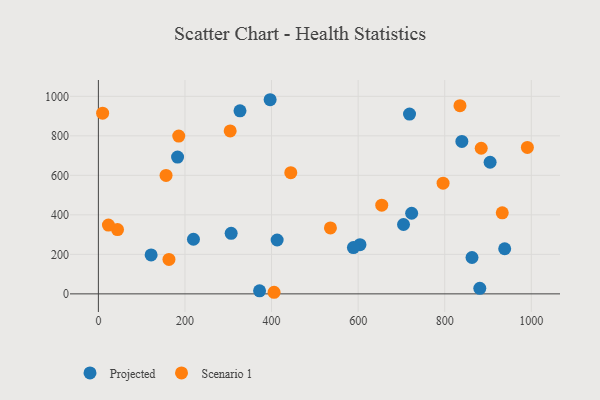
{"axis": {"x": "Engine Size", "y": "Fuel Efficiency"}, "legend": ["Projected", "Scenario 1"], "data": [{"x": "219.6", "y": 276.4, "type": "Projected"}, {"x": "604.2", "y": 249.0, "type": "Projected"}, {"x": "327.1", "y": 926.5, "type": "Projected"}, {"x": "306.7", "y": 306.5, "type": "Projected"}, {"x": "938.5", "y": 228.4, "type": "Projected"}, {"x": "904.8", "y": 666.3, "type": "Projected"}, {"x": "718.7", "y": 910.3, "type": "Projected"}, {"x": "839.6", "y": 771.5, "type": "Projected"}, {"x": "396.7", "y": 982.8, "type": "Projected"}, {"x": "412.9", "y": 272.7, "type": "Projected"}, {"x": "863.0", "y": 184.1, "type": "Projected"}, {"x": "881.0", "y": 27.8, "type": "Projected"}, {"x": "704.8", "y": 351.1, "type": "Projected"}, {"x": "182.9", "y": 692.5, "type": "Projected"}, {"x": "723.6", "y": 408.0, "type": "Projected"}, {"x": "372.3", "y": 15.2, "type": "Projected"}, {"x": "589.1", "y": 234.5, "type": "Projected"}, {"x": "121.8", "y": 197.2, "type": "Projected"}, {"x": "796.2", "y": 560.1, "type": "Scenario 1"}, {"x": "444.4", "y": 613.4, "type": "Scenario 1"}, {"x": "163.0", "y": 174.1, "type": "Scenario 1"}, {"x": "536.0", "y": 333.6, "type": "Scenario 1"}, {"x": "654.5", "y": 448.9, "type": "Scenario 1"}, {"x": "9.8", "y": 914.8, "type": "Scenario 1"}, {"x": "405.8", "y": 8.0, "type": "Scenario 1"}, {"x": "185.6", "y": 798.8, "type": "Scenario 1"}, {"x": "156.3", "y": 599.6, "type": "Scenario 1"}, {"x": "44.2", "y": 325.3, "type": "Scenario 1"}, {"x": "990.9", "y": 741.2, "type": "Scenario 1"}, {"x": "23.2", "y": 348.3, "type": "Scenario 1"}, {"x": "932.9", "y": 410.3, "type": "Scenario 1"}, {"x": "835.2", "y": 952.5, "type": "Scenario 1"}, {"x": "884.3", "y": 737.2, "type": "Scenario 1"}, {"x": "304.4", "y": 824.8, "type": "Scenario 1"}]}